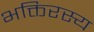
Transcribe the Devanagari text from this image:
भक्तिरस्य